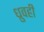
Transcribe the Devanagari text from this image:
ध्रुवही